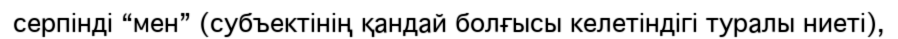
серпінді “мен” (субъектінің қандай болғысы келетіндігі туралы ниеті),